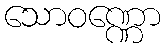
သောဝဏ္ဏော